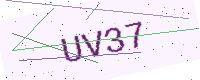
Text: UV37